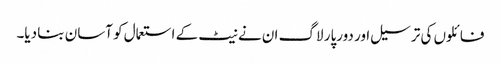
فائلوں کی ترسیل اور دورپار لاگ ان نے نیٹ کے استعمال کو آسان بنا دیا۔